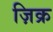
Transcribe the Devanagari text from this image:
ज़िक्र